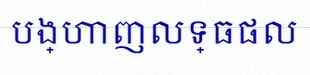
បង្ហាញលទ្ធផល